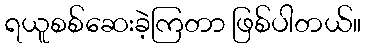
ရယူစစ်ဆေးခဲ့ကြတာ ဖြစ်ပါတယ်။